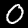
Digit: 0